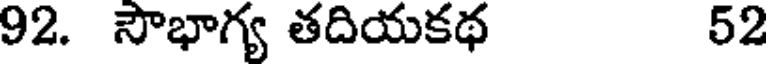
92. సౌభాగ్య తదియకథ 52